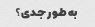
به طور جدی؟